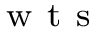
_ { \mathrm { ~ w ~ t ~ s ~ } }